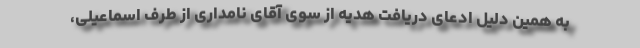
به همین دلیل ادعای دریافت هدیه از سوی آقای نامداری از طرف اسماعیلی،